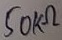
Text: 50KΩ